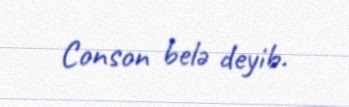
Conson belə deyib.